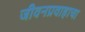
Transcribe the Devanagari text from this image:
जीवनप्रवाहाचा